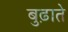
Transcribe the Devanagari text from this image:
बुढ़ाते